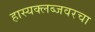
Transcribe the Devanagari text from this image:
हास्यक्लब्जवरचा